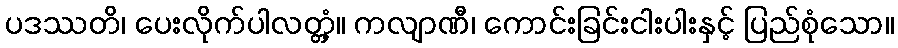
ပဒဿတိ၊ ပေးလိုက်ပါလတ္တံ့။ ကလျာဏီ၊ ကောင်းခြင်းငါးပါးနှင့် ပြည်စုံသော။